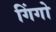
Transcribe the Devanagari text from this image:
गिंगो